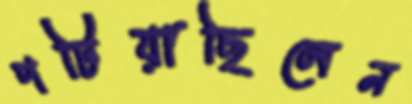
পটিয়াছিলেন